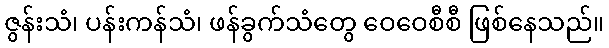
ဇွန်းသံ၊ ပန်းကန်သံ၊ ဖန်ခွက်သံတွေ ဝေဝေစီစီ ဖြစ်နေသည်။